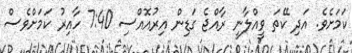
ކަމަށެވެ. އަދި ކޭތަ ވީއްލާނީ ރާއްޖެ ގަޑިން އިރުއޮއްސި 7:40 ހާއިރު ކަމަށްވެސް